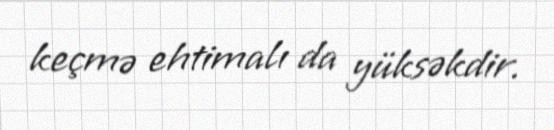
keçmə ehtimalı da yüksəkdir.